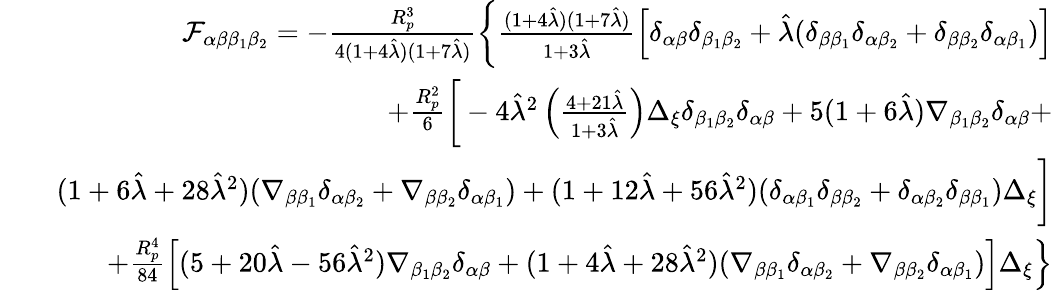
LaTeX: \begin{array}{rlr}&{}&{\mathcal{F}_{\alpha\beta\beta_{1}\beta_{2}}=-\frac{R_{p}^{3}}{4(1+4\hat{\lambda})(1+7\hat{\lambda})}\left\{ \frac{(1+4\hat{\lambda})(1+7\hat{\lambda})}{1+3\hat{\lambda}}\left[\delta_{\alpha\beta}\delta_{\beta_{1}\beta_{2}}+\hat{\lambda}(\delta_{\beta\beta_{1}}\delta_{\alpha\beta_{2}}+\delta_{\beta\beta_{2}}\delta_{\alpha\beta_{1}})\right]\right.}\\ &{}&{+\frac{R_{p}^{2}}{6}\bigg[-4\hat{\lambda}^{2}\left(\frac{4+21\hat{\lambda}}{1+3\hat{\lambda}}\right)\Delta_{\xi}\delta_{\beta_{1}\beta_{2}}\delta_{\alpha\beta}+5(1+6\hat{\lambda})\nabla_{\beta_{1}\beta_{2}}\delta_{\alpha\beta}+}\\ &{}&{\left.(1+6\hat{\lambda}+28\hat{\lambda}^{2})(\nabla_{\beta\beta_{1}}\delta_{\alpha\beta_{2}}+\nabla_{\beta\beta_{2}}\delta_{\alpha\beta_{1}})+(1+12\hat{\lambda}+56\hat{\lambda}^{2})(\delta_{\alpha\beta_{1}}\delta_{\beta\beta_{2}}+\delta_{\alpha\beta_{2}}\delta_{\beta\beta_{1}})\Delta_{\xi}\bigg]\right.}\\ &{}&{\left.+\frac{R_{p}^{4}}{84}\left[(5+20\hat{\lambda}-56\hat{\lambda}^{2})\nabla_{\beta_{1}\beta_{2}}\delta_{\alpha\beta}+(1+4\hat{\lambda}+28\hat{\lambda}^{2})(\nabla_{\beta\beta_{1}}\delta_{\alpha\beta_{2}}+\nabla_{\beta\beta_{2}}\delta_{\alpha\beta_{1}})\right]\Delta_{\xi}\right\} }\end{array}